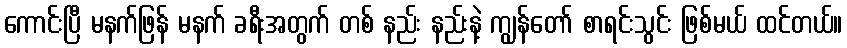
ကောင်းပြီ မနက်ဖြန် မနက် ခရီးအတွက် တစ် နည်း နည်းနဲ့ ကျွန်တော် စာရင်းသွင်း ဖြစ်မယ် ထင်တယ်။